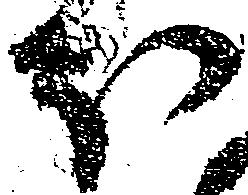
ほ